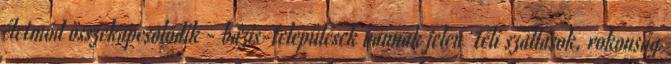
életmód összekapcsolódik - bázis-települések vannak jelen téli szállások, rokonság